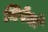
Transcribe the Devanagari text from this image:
निषेधो